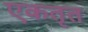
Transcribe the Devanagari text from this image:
एकतृत